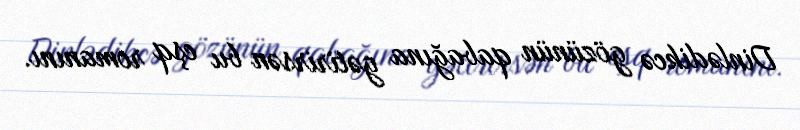
Dinlədikcə gözünün qabağına gətirirsən bu eşq romanını.